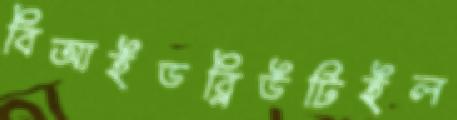
বিআইডব্লিউটিইল